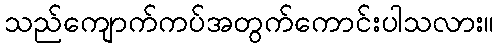
သည်ကျောက်ကပ်အတွက်ကောင်းပါသလား။